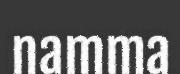
namma